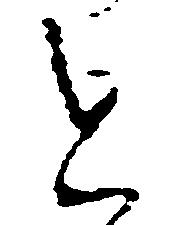
と